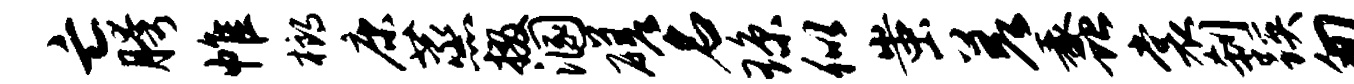
亡胯帷榔康蒸掇溷磋名琼似蚩差蠡裳刹蹊匆